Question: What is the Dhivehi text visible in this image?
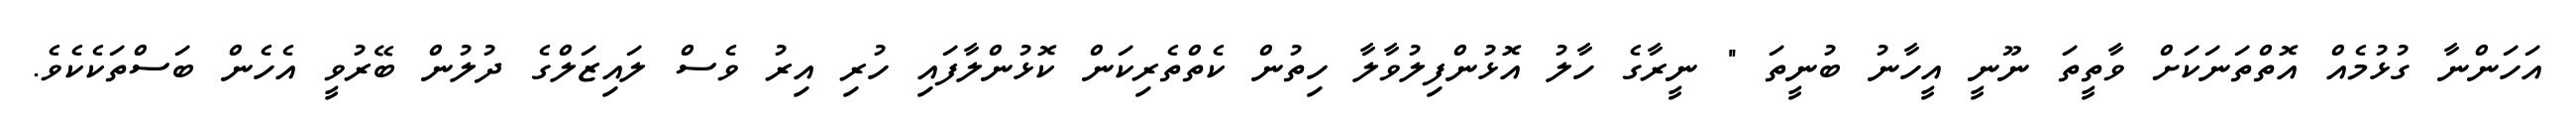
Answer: އަހަންނާ ގުޅުމެއް އޮތްތަނަކަށް ވާތީތަ ނޫނީ އީހާނު ބުނީތަ " ނީރާގެ ހާލު އޮޅުންފިލުވާލާ ހިތުން ކެތްތެރިކަން ކޮޅުންލާފައި ހުރި އިރު ވެސް ލައިޒަލްގެ ދުލުން ބޭރުވީ އެހެން ބަސްތަކެކެވެ.